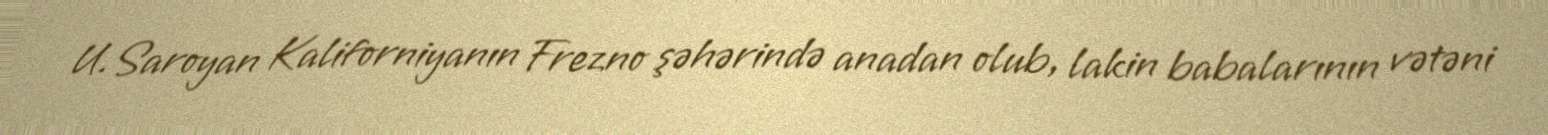
U.Saroyan Kaliforniyanın Frezno şəhərində anadan olub, lakin babalarının vətəni